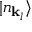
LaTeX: | n _ { \mathbf { k } _ { l } } \rangle